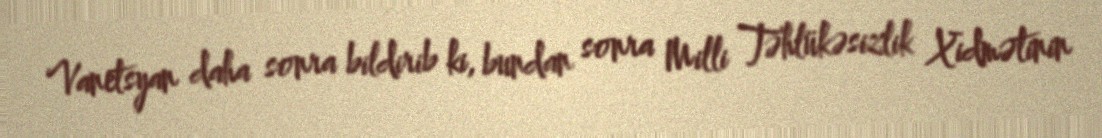
Vanetsyan daha sonra bildirib ki, bundan sonra Milli Təhlükəsizlik Xidmətinin